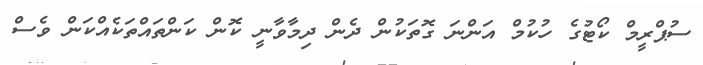
ސުޕްރީމް ކޯޓުގެ ހުކުމް އަންނަ ގޮތަކުން ދެން ދިމާވާނީ ކޮން ކަންތައްތަކެއްކަން ވެސް